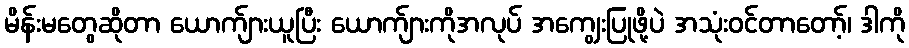
မိန်းမတွေဆိုတာ ယောက်ျားယူပြီး ယောက်ျားကိုအလုပ် အကျွေးပြုဖို့ပဲ အသုံးဝင်တာတော့်၊ ဒါကို